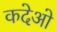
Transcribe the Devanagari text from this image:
कदेओ